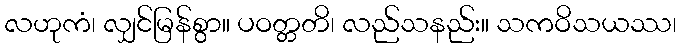
လဟုကံ၊ လျှင်မြန်စွာ။ ပဝတ္တတိ၊ လည်သနည်း။ သကဝိသယဿ၊